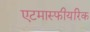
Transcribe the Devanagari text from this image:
एटमास्फीयरिक